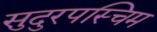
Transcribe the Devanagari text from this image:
सुदुरपस्चिम